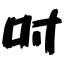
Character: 吋